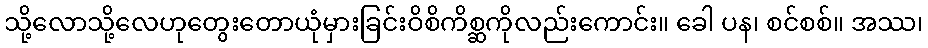
သို့လောသို့လေဟုတွေးတောယုံမှားခြင်းဝိစိကိစ္ဆကိုလည်းကောင်း။ ခေါ ပန၊ စင်စစ်။ အဿ၊